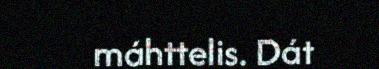
máhttelis. Dát